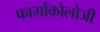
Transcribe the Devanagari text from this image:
फार्माकोलोजी